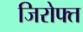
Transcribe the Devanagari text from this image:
जिरोफ्त